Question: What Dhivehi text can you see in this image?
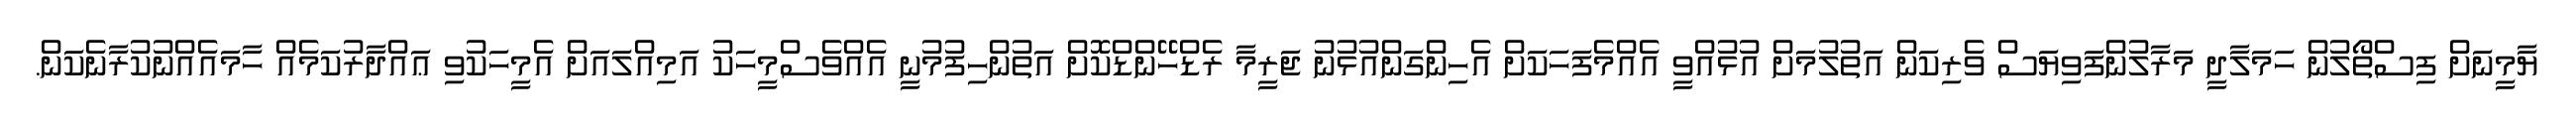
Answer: ޔާމީނަށް ފިސްތޯލުން ހަމަލާދީ މަރާލުންފަވިޔަސް ވެރިކަން އަތުލުމަށް އުޅުއްވީ އެއްމެފަހަކަށް އެހިންގަންއުޅުނު ޖަރީމާ ރެޑްހޭންޑްކޮށް އަތުންހިފުމުނީ އެއްވެސްމީހަކު އަމިއްލައަށް އެމީހަކުވި ޢައްދާރުކަމެއް ހާމައެއްނުކުރާނެކަން.